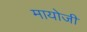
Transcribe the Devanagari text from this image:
मायोजी